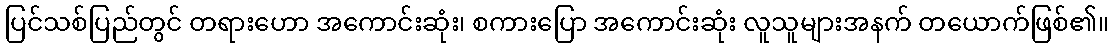
ပြင်သစ်ပြည်တွင် တရားဟော အကောင်းဆုံး၊ စကားပြော အကောင်းဆုံး လူသူများအနက် တယောက်ဖြစ်၏။